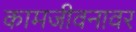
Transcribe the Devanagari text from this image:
कामजीवनावर